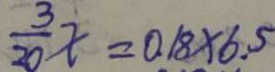
\frac { 3 } { 2 0 } x = 0 . 1 8 \times 6 . 5